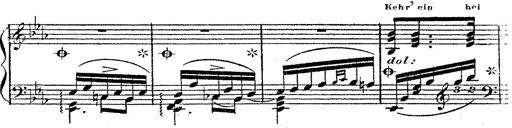
Title: 12 Lieder von Franz Schubert
Composer: Franz Liszt